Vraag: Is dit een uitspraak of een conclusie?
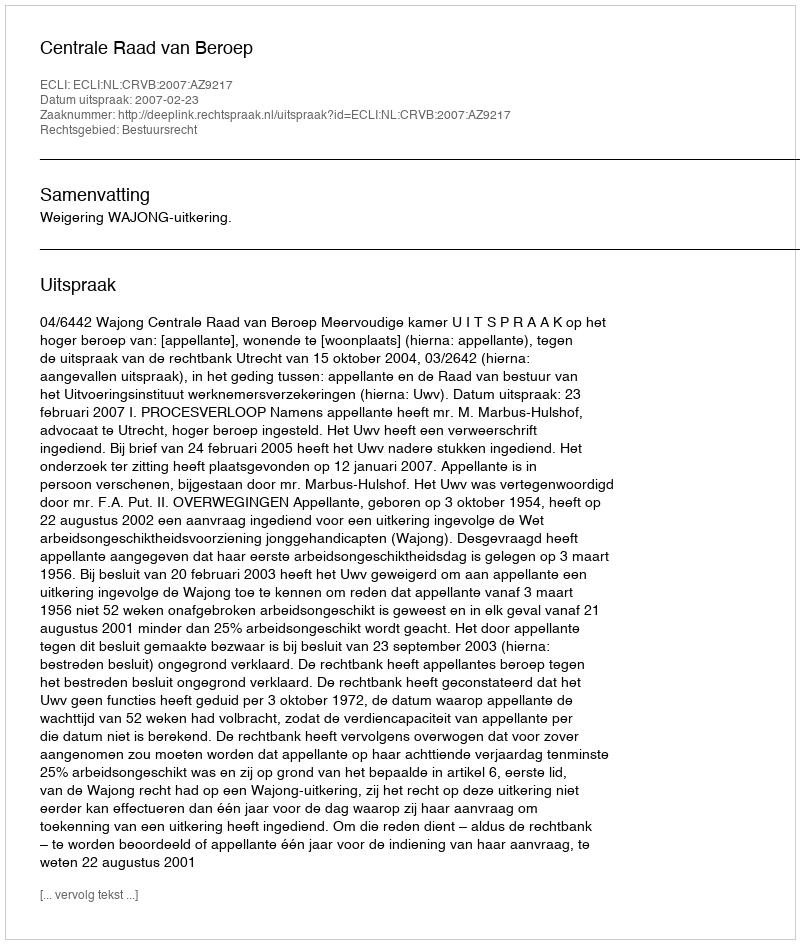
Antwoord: Uitspraak